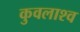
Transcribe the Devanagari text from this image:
कुवलाश्व